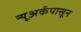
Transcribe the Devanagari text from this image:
न्यूअर्कपासून